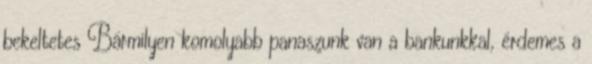
bekeltetes Bármilyen komolyabb panaszunk van a bankunkkal, érdemes a